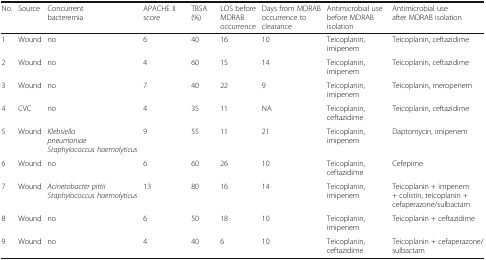
<table><thead><tr><td><b>No.</b></td><td><b>Source</b></td><td><b>Concurrent bacteremia</b></td><td><b>APACHE II score</b></td><td><b>TBSA (%)</b></td><td><b>LOS before MDRAB occurrence</b></td><td><b>Days from MDRAB occurrence to clearance</b></td><td><b>Antimicrobial use before MDRAB isolation</b></td><td><b>Antimicrobial use after MDRAB isolation</b></td></tr></thead><tbody><tr><td>1</td><td>Wound</td><td>no</td><td>6</td><td>40</td><td>16</td><td>10</td><td>Teicoplanin, imipenem</td><td>Teicoplanin, ceftazidime</td></tr><tr><td>2</td><td>Wound</td><td>no</td><td>4</td><td>60</td><td>15</td><td>14</td><td>Teicoplanin, imipenem</td><td>Teicoplanin, ceftazidime</td></tr><tr><td>3</td><td>Wound</td><td>no</td><td>7</td><td>40</td><td>22</td><td>9</td><td>Teicoplanin, imipenem</td><td>Teicoplanin, meropenem</td></tr><tr><td>4</td><td>CVC</td><td>no</td><td>4</td><td>35</td><td>11</td><td>NA</td><td>Teicoplanin, ceftazidime</td><td>Teicoplanin, ceftazidime</td></tr><tr><td>5</td><td>Wound</td><td><i>Klebsiella pneumoniae</i><i>Staphylococcus haemolyticus</i></td><td>9</td><td>55</td><td>11</td><td>21</td><td>Teicoplanin, imipenem</td><td>Daptomycin, imipenem</td></tr><tr><td>6</td><td>Wound</td><td>no</td><td>6</td><td>60</td><td>26</td><td>10</td><td>Teicoplanin, ceftazidime</td><td>Cefepime</td></tr><tr><td>7</td><td>Wound</td><td><i>Acinetobacter pittii</i><i>Staphylococcus haemolyticus</i></td><td>13</td><td>80</td><td>16</td><td>14</td><td>Teicoplanin, imipenem</td><td>Teicoplanin + impenem + colistin, teicoplanin + cefaperazone/sulbactam</td></tr><tr><td>8</td><td>Wound</td><td>no</td><td>6</td><td>50</td><td>18</td><td>10</td><td>Teicoplanin, imipenem</td><td>Teicoplanin + ceftazidime</td></tr><tr><td>9</td><td>Wound</td><td>no</td><td>4</td><td>40</td><td>6</td><td>10</td><td>Teicoplanin, ceftazidime</td><td>Teicoplanin + cefaperazone/sulbactam</td></tr></tbody></table>